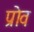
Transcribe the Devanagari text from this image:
प्रोव